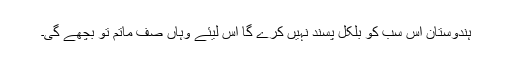
ہندوستان اس سب کو بلکل پسند نہیں کرے گا اس لیئے وہاں صف ماتم تو بچھے گی۔